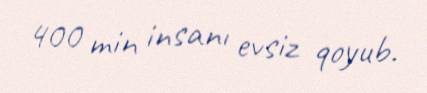
400 min insanı evsiz qoyub.